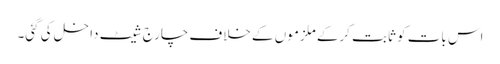
اس بات کو ثابت کرکے ملزموں کے خلاف چارج شیٹ داخل کی گئی۔